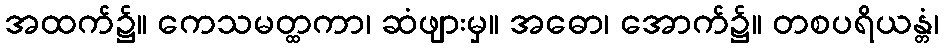
အထက်၌။ ကေသမတ္ထကာ၊ ဆံဖျားမှ။ အဓော၊ အောက်၌။ တစပရိယန္တံ၊